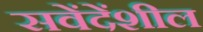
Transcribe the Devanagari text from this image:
सवेंदेंशील